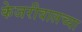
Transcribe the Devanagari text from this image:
केजरीवालच्या